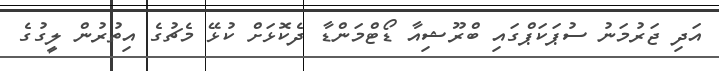
އަދި ޖަރުމަނު ސުޕަކަޕްގައި ބްރޫޝިއާ ޑޯޓްމަންޑާ ދެކޮޅަށް ކުޅޭ މެޗުގެ އިތުރުން ލީގުގެ